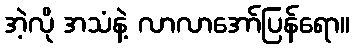
အဲ့လို အသံနဲ့ လာလာအော်ပြန်ရော။